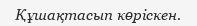
Құшақтасып көрiскен.